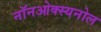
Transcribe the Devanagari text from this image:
नॉनओक्स्यनोल